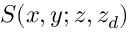
S ( x , y ; z , z _ { d } )